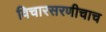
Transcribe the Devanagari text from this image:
विचारसरणीचाच